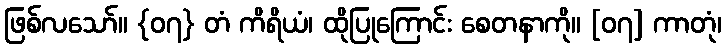
ဖြစ်လသော်။ {၀၇} တံ ကိရိယံ၊ ထိုပြုကြောင်း စေတနာကို။ [၀၇] ကာတုံ၊